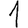
Digit: 1